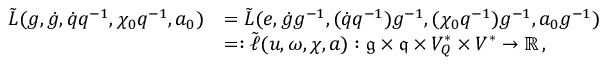
\begin{array} { r l } { \tilde { L } ( g , \dot { g } , \dot { q } q ^ { - 1 } , \chi _ { 0 } q ^ { - 1 } , a _ { 0 } ) } & { = \tilde { L } ( e , \dot { g } g ^ { - 1 } , ( \dot { q } q ^ { - 1 } ) g ^ { - 1 } , ( \chi _ { 0 } q ^ { - 1 } ) g ^ { - 1 } , a _ { 0 } g ^ { - 1 } ) } \\ & { = : \tilde { \ell } ( u , \omega , \chi , a ) : \mathfrak { g } \times \mathfrak { q } \times V _ { Q } ^ { * } \times V ^ { * } \rightarrow \mathbb { R } \, , } \end{array}